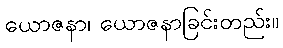
ယောဇနာ၊ ယောဇနာခြင်းတည်း။